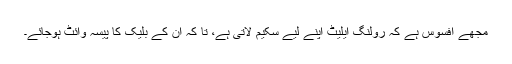
مجھے افسوس ہے کہ رولنگ ایلیٹ اپنے لیے سکیم لاتی ہے، تا کہ ان کے بلیک کا پیسہ وائٹ ہوجائے۔